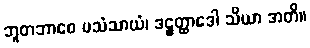
ဘူတဘာဝေ ပသံသာယံ၊ ဒဠှတ္ထာဒေါ သိယာ အတိ။